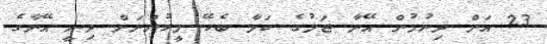
23 އަށް ދިނުމުން އޭނާ ޖަލުގެ ކަމާ ބެހޭ މީހުންނަށް ދިނީ އޭނާގެ